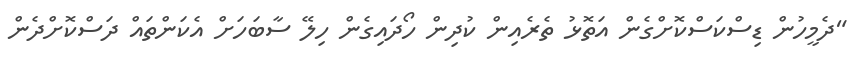
"ދެމީހުން ޑިސްކަސްކޮށްގެން އަތޮޅު ތެރެއިން ކުދިން ހޯދައިގެން ހިލޭ ސާބަހަށް އެކަންތައް ދަސްކޮށްދެން